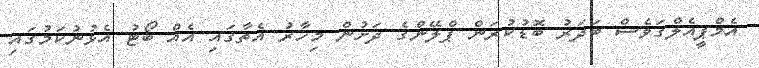
އެމްޕީއެލްގަވެސް ބަދަރު ބޮޑުކުރަން ޕްލޭންގެ ދަށުން މިހާރު އެތާގައި އެއް ބޯޓު އެޅުނުކަމުގައި